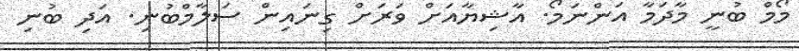
މޯމް ބުނީ މާދަމާ އަންނަމޯ. އާޝިޔާއަށް ވަރަށް ގިނައިން ސަލާމްބުނި. އަދި ބުނި